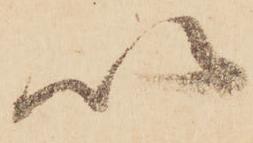
以